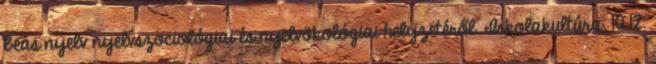
beás nyelv nyelvszociológiai és nyelvökológiai helyzetéről. Iskolakultúra, 10 12.